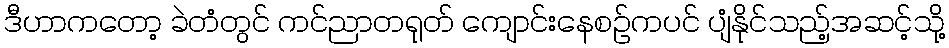
ဒီဟာကတော့ ခဲတံတွင် ကင်ညာတရုတ် ကျောင်းနေစဉ်ကပင် ပျံနိုင်သည့်အဆင့်သို့